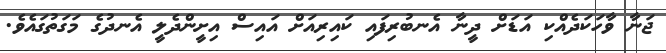
ޖަނާ ވާހަކަދެއްކި އަޑަށް ދީނާ އެނބުރިފައި ކައިރިއަށް އައިސް އިށީންދެލީ އެނދުގެ މަގަތުގައެވެ.